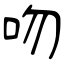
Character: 吻